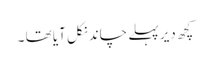
کچھ دیر پہلے چاند نکل آیا تھا ۔